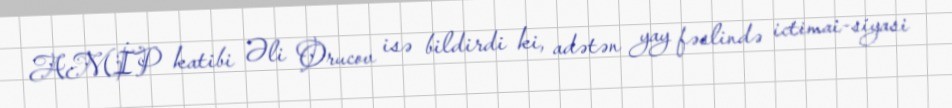
AMİP katibi Əli Orucov isə bildirdi ki, adətən yay fəslində ictimai-siyasi